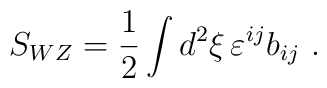
S_{WZ} = {1\over2}\int d^2\xi\, \varepsilon^{ij}b_{ij}\ .